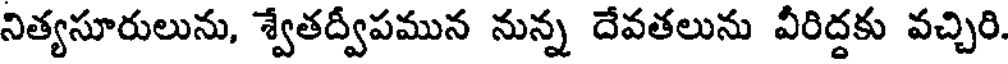
నిత్యసూరులును, శ్వేతద్వీపమున నున్న దేవతలును వీరిద్దకు వచ్చిరి.